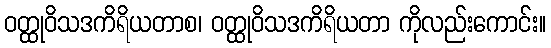
ဝတ္ထုဝိသဒကိရိယတာစ၊ ဝတ္ထုဝိသဒကိရိယတာ ကိုလည်းကောင်း။